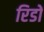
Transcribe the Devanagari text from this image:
रिडों